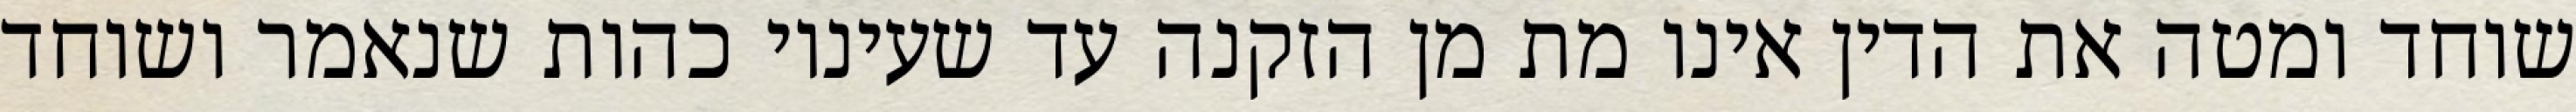
שוחד ומטה את הדין אינו מת מן הזקנה עד שעיניו כהות שנאמר ושוחד